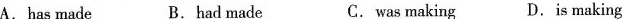
A. has made B.had made C. was making D.is making